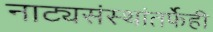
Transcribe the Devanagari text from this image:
नाट्यसंस्थांतर्फेही